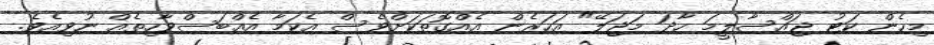
މިހެން ކަޓު ޖައްސާލީމަ ހާދަ މަޖަލޭ" އަހަރެން އެއްގޮތަކަށްވެސް އެކަމާ އެއްބަސްވާހިތެއް ނުވިއެވެ.